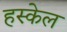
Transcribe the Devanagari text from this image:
हस्केल